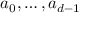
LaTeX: a _ { 0 } , \dots , a _ { d - 1 }